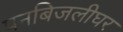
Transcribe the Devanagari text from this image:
पनबिजलीघर